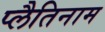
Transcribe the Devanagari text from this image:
प्लैतिनाम